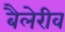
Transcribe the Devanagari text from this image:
बैलेरीव